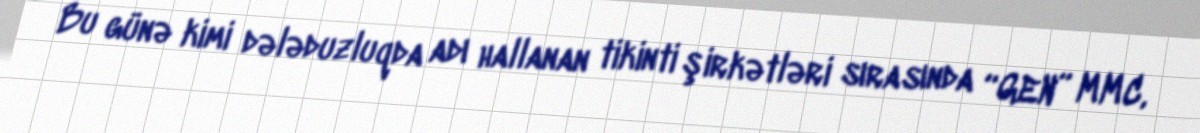
Bu günə kimi dələduzluqda adı hallanan tikinti şirkətləri sırasında “GEN” MMC,